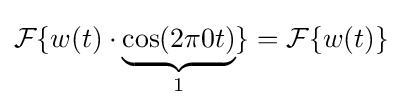
{\mathcal {F}}\{w(t)\cdot \underbrace {\cos(2\pi 0t)} _{1}\}={\mathcal {F}}\{w(t)\}